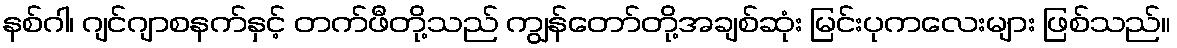
နစ်ဂါ၊ ဂျင်ဂျာစနက်နှင့် တက်ဖီတို့သည် ကျွန်တော်တို့အချစ်ဆုံး မြင်းပုကလေးများ ဖြစ်သည်။